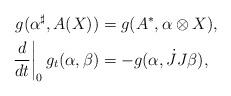
LaTeX: \begin{align*}g(\alpha^\sharp, A(X)) &= g(A^*, \alpha\otimes X),\\\left.\frac{d}{dt}\right|_0g_t(\alpha,\beta) &= -g(\alpha,\dot{J}J\beta),\end{align*}